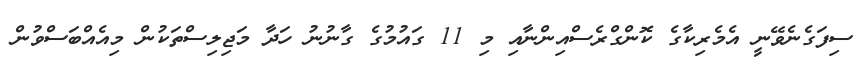
ސިފަގެނެވޭނީ އެމެރިކާގެ ކޮންގްރެސްއިންނާއި މި 11 ގައުމުގެ ގާނުނު ހަދާ މަޖިލިސްތަކުން މިއެއްބަސްވުން